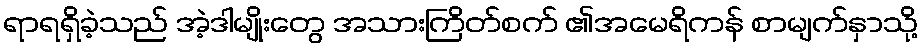
ရာရရှိခဲ့သည် အဲ့ဒါမျိုးတွေ အသားကြိတ်စက် ၏အမေရိကန် စာမျက်နှာသို့